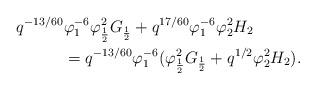
LaTeX: \begin{align*} q^{-13/60}&\varphi_1^{-6}\varphi_\frac{1}{2}^2G_\frac{1}{2}+q^{17/60}\varphi_1^{-6}\varphi_2^2H_2\\ &= q^{-13/60}\varphi_1^{-6}(\varphi_\frac{1}{2}^2G_\frac{1}{2}+q^{1/2}\varphi_2^2H_2).\end{align*}